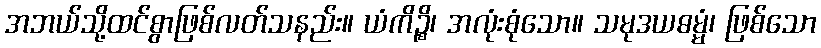
အဘယ်သို့ထင်စွာဖြစ်လတ်သနည်း။ ယံကိဉ္စိ၊ အလုံးစုံသော။ သမုဒယဓမ္မံ၊ ဖြစ်သော